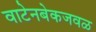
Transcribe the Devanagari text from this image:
वाटेनबेकजवळ